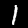
Digit: 1